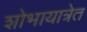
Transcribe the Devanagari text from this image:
शोभायात्रेत